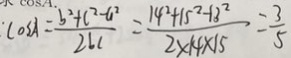
: \cos A = \frac { b ^ { 2 } + c ^ { 2 } - a ^ { 2 } } { 2 b c } = \frac { 1 4 ^ { 2 } + 1 5 ^ { 2 } - 1 3 ^ { 2 } } { 2 \times 1 4 \times 1 5 } = \frac { 3 } { 5 }